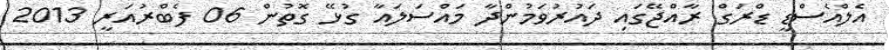
އެލްއެސްޑީ ޑްރަގް ރާއްޖޭގައި ދައުރުވަމުންދާ މައްސަލައާ ގުޅޭ ގޮތުން 06 ފެބްރުއަރީ 2013